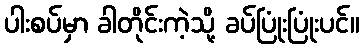
ပါးစပ်မှာ ခါတိုင်းကဲ့သို့ ခပ်ပြုံးပြုံးပင်။